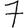
Digit: 7